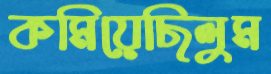
কমিয়েছিলুম